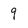
Character: 9